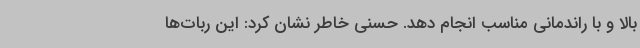
بالا و با راندمانی مناسب انجام دهد. حسنی خاطر نشان کرد: این ربات‌ها